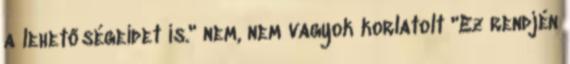
a lehetőségeidet is." nem, nem vagyok korlatolt "Ez rendjén